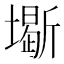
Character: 𡒧